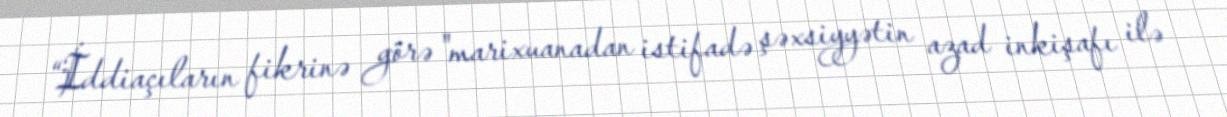
“İddiaçıların fikrinə görə "marixuanadan istifadə şəxsiyyətin azad inkişafı ilə